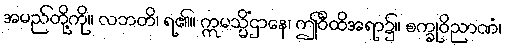
အမည်တို့ကို။ လဘတိ၊ ရ၏။ ဣမသ္မိံဌာနေ၊ ဤဝီထိအရာ၌။ စက္ခုဝိညာဏံ၊